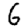
Digit: 6